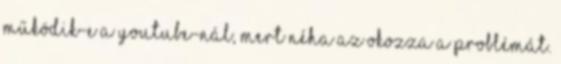
működik-e a YouTube-nál, mert néha az okozza a problémát.